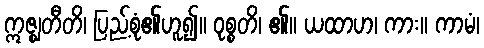
ဣဇ္ဈတီတိ၊ ပြည့်စုံ၏ဟူ၍။ ဝုစ္စတိ၊ ၏။ ယထာဟ၊ ကား။ ကာမံ၊